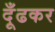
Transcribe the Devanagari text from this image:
दूँढकर